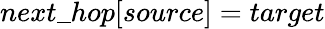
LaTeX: next\textunderscore hop[source]=target